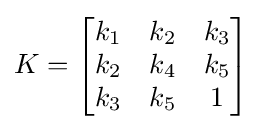
K={\begin{bmatrix}k_{1}&k_{2}&k_{3}\\k_{2}&k_{4}&k_{5}\\k_{3}&k_{5}&1\\\end{bmatrix}}